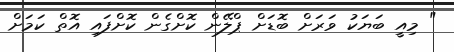
" މިއީ ބަޔަކު ވަރަށް ބޮޑަށް ޕްލޭން ކޮށްގެން ކޮށްފައި އޮތް ކަމަށް